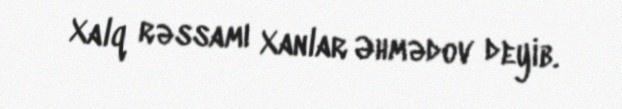
Xalq rəssamı Xanlar Əhmədov deyib.